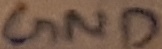
Text: GND